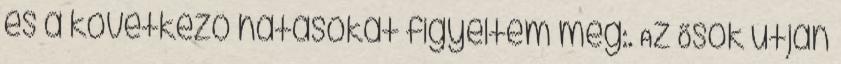
és a következő hatásokat figyeltem meg:. Az Ősök útján